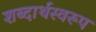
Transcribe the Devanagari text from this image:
शब्दार्थस्वरूप